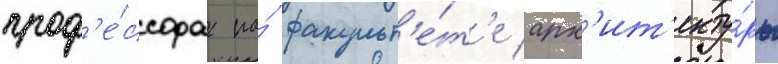
проф'е́ссора на́ факульт'е́т'е арх'ит'екту́ры